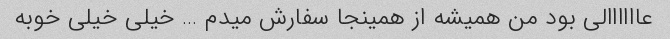
عاااااالی بود من همیشه از همینجا سفارش میدم … خیلی خیلی خوبه